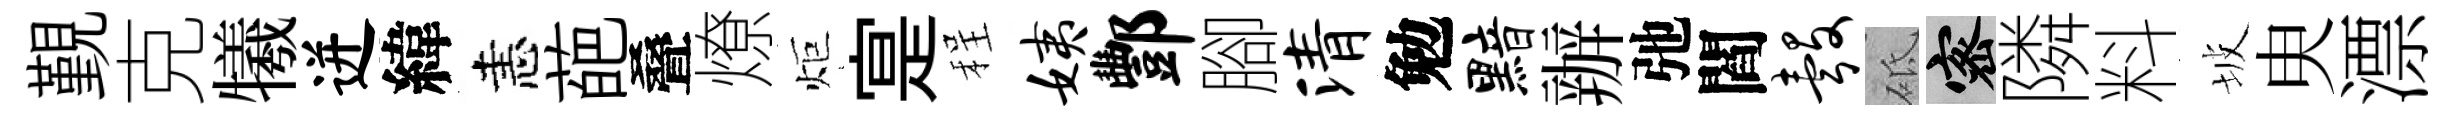
覲克犧迸緯恚葩叠燎炬寔程姨酆腳清勉黯辦弛閻彀砥密隣料坡㬰漂